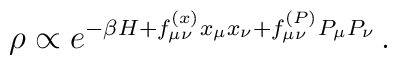
\rho \propto e^{-\beta H + f^{(x)}_{\mu\nu} x_\mu x_\nu   + f^{(P)}_{\mu\nu} P_\mu P_\nu}\,.